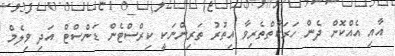
އާއި އެއްކޮށް ދެން ހަރަކާތްތެރިވާ އިތުރު ތަރިންނަކީ ކިރްސްޓެން ޑަންސްޓް އަދި ވިލެމް